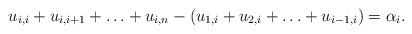
LaTeX: \begin{align*} u_{i, i} + u_{i, i+1} + \ldots + u_{i, n} - (u_{1, i} + u_{2, i} + \ldots + u_{i-1, i}) = \alpha_i . \end{align*}